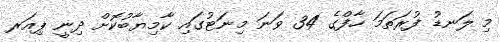
މި ލަނޑު ފުރަތަމަ ހާފްގެ 34 ވަނަ މިނަޓުގައި ކާމިޔާބުކޮށް ދިނީ ޕިއަރ